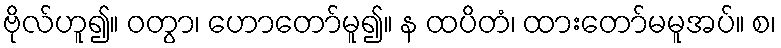
ဗိုလ်ဟူ၍။ ဝတွာ၊ ဟောတော်မူ၍။ န ထပိတံ၊ ထားတော်မမူအပ်။ စ၊